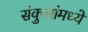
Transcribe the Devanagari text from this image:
संकुलांमध्ये